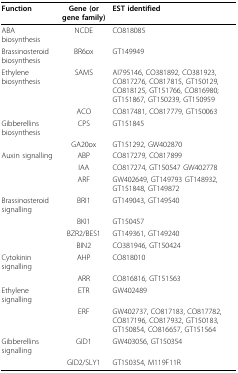
| Function | Gene (or gene family) | EST identified |
 | --- | --- | --- |
 | ABA biosynthesis | NCDE | CO818085 |
 | Brassinosteroid biosynthesis | BR6ox | GT149949 |
 | Ethylene biosynthesis | SAMS | AI795146, CO381892, CO381923, CO817276, CO817815, GT150129, CO818125, GT151766, CO816980; GT151867, GT150239, GT150959 |
 |  | ACO | CO817481, CO817779, GT150063 |
 | Gibberellins biosynthesis | CPS | GT151845 |
 |  | GA20ox | GT151292, GW402870 |
 | Auxin signalling | ABP | CO817279, CO817899 |
 |  | IAA | CO817274, GT150547 GW402778 |
 |  | ARF | GW402649, GT149793 GT148932, GT151848, GT149872 |
 | Brassinosteroid signalling | BRI1 | GT149043, GT149540 |
 |  | BKI1 | GT150457 |
 |  | BZR2/BES1 | GT149361, GT149240 |
 |  | BIN2 | CO381946, GT150424 |
 | Cytokinin signalling | AHP | CO818010 |
 |  | ARR | CO816816, GT151563 |
 | Ethylene signalling | ETR | GW402489 |
 |  | ERF | GW402737, CO817183, CO817782, CO817196, CO817932, GT150183, GT150854, CO816657, GT151564 |
 | Gibberellins signalling | GID1 | GW403056, GT150354 |
 |  | GID2/SLY1 | GT150354, M119F11R |